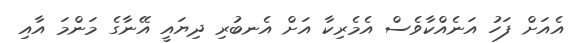
އެއަށް ފަހު އަނެއްކާވެސް އެމެރިކާ އަށް އެނބުރި ދިޔައީ އޭނާގެ މަންމަ އާއި